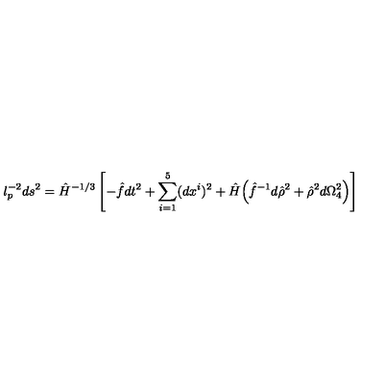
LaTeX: l _ { p } ^ { - 2 } d s ^ { 2 } = \hat { H } ^ { - 1 / 3 } \left[ - \hat { f } d t ^ { 2 } + \sum _ { i = 1 } ^ { 5 } ( d x ^ { i } ) ^ { 2 } + \hat { H } \Big ( \hat { f } ^ { - 1 } d \hat { \rho } ^ { 2 } + \hat { \rho } ^ { 2 } d \Omega _ { 4 } ^ { 2 } \Big ) \right]